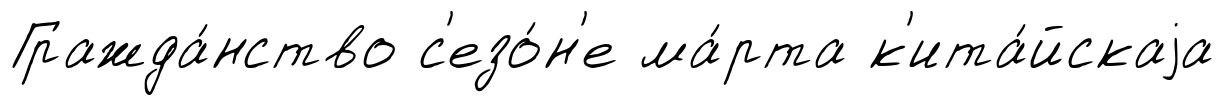
Гражда́нство с'езо́н'е ма́рта к'ита́йскаjа